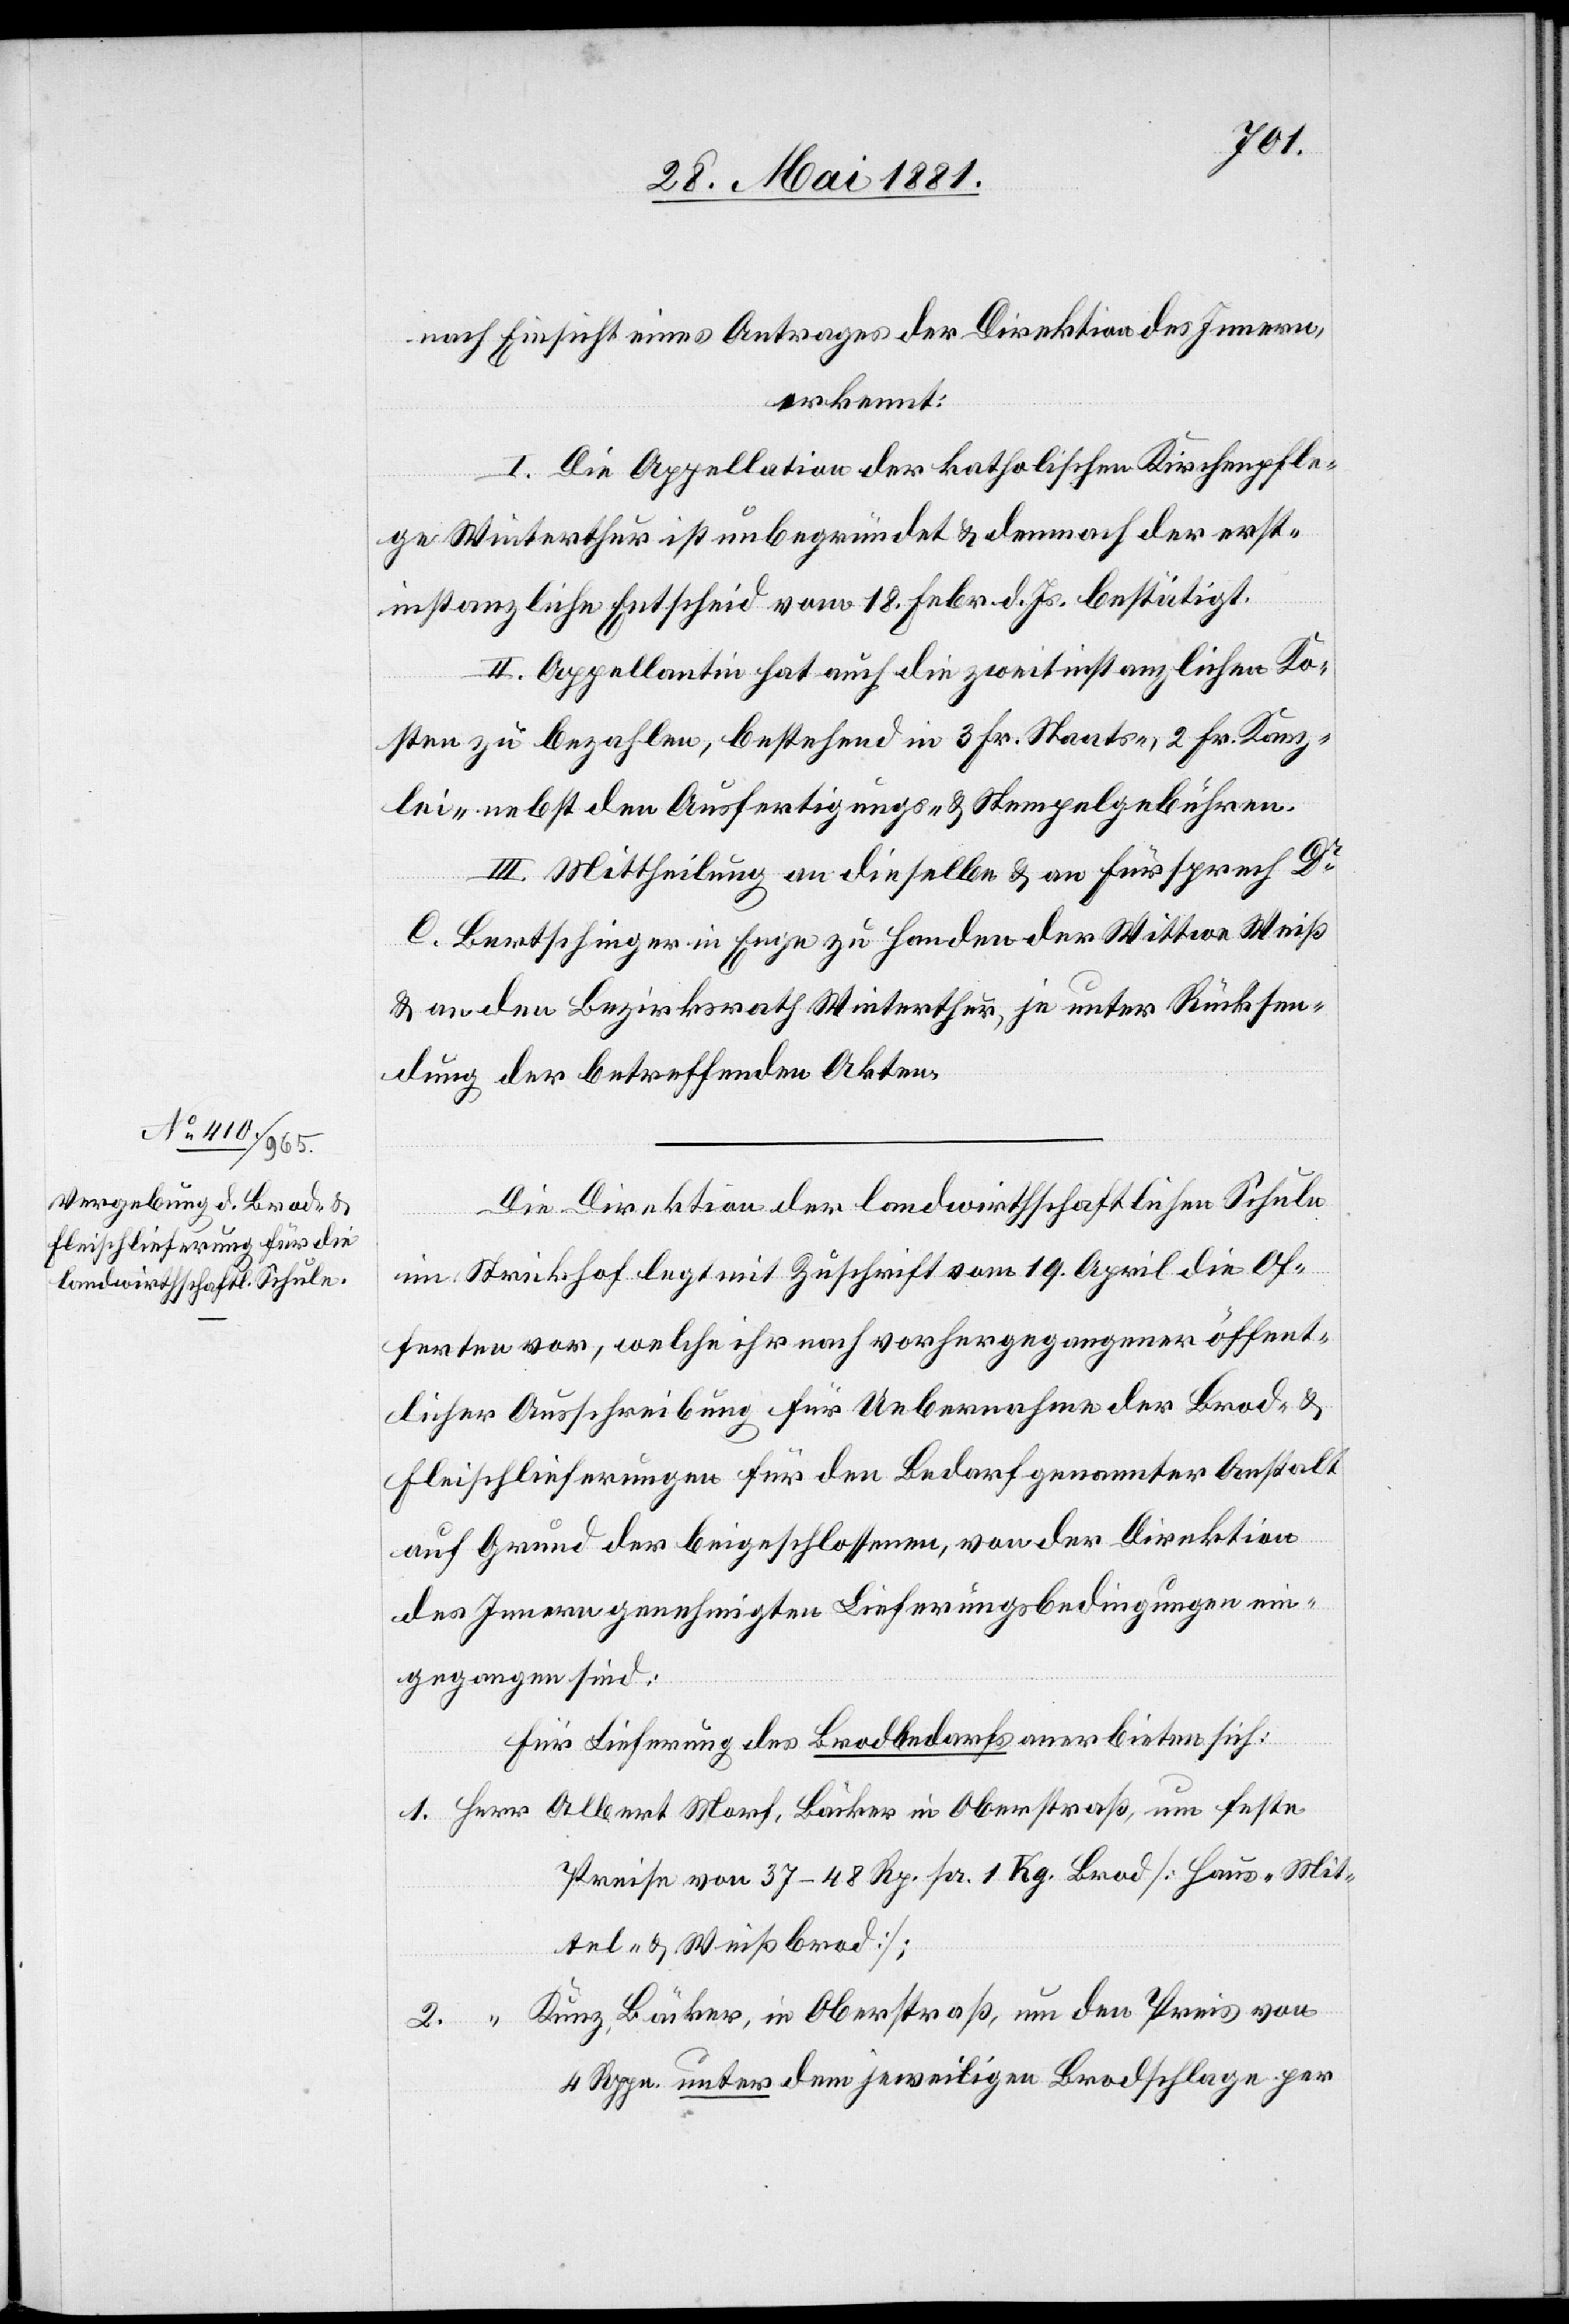
nach Einsicht eines Antrages der Direktion des Innern,
erkennt:
I. Die Appellation der katholischen Kirchenpfle¬
ge Winterthur ist unbegründet & demnach der erst¬
instanzliche Entscheid vom 18. Febr. d. Js. bestätigt.
II. Appellantin hat auch die zweitinstanzlichen Ko¬
sten zu bezahlen, bestehend in 3 Fr. Staats-, 2 Fr. Kanz¬
lei- nebst dem Ausfertigungs- & Stempelgebühren.
III. Mittheilung an dieselbe & an Fürsprech Dr
C. Bertschinger in Enge zu Handen der Wittwe Weiß
& an den Bezirksrath Winterthur, je unter Rücksen¬
dung der betreffenden Akten.
Die Direktion der landwirthschaftlichen Schule
im Strickhof legt mit Zuschrift vom 19. April die Of¬
ferten vor, welche ihr nach vorhergegangener öffent¬
licher Ausschreibung für Uebernahme der Brod- &
Fleischlieferungen für den Bedarf genannter Anstalt
auf Grund der beigeschlossenen, von der Direktion
des Innern genehmigten Lieferungsbedingungen ein¬
gegangen sind.
Für Lieferung des Brodbedarfs anerbieten sich:
Preise von 37–48 Rp. pr. 1 Kg. Brod [Haus-[,] Mit¬
tel- & Weißbrod];
Kunz, Bäcker, in Oberstraß, um den Preis von
4 Rppn. unter dem jeweiligen Brodschlage per